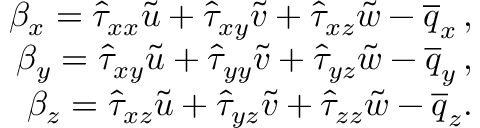
\begin{array} { r } { \beta _ { x } = \hat { \tau } _ { x x } \tilde { u } + \hat { \tau } _ { x y } \tilde { v } + \hat { \tau } _ { x z } \tilde { w } - \overline { { q } } _ { x } \, \mathrm { , } } \\ { \beta _ { y } = \hat { \tau } _ { x y } \tilde { u } + \hat { \tau } _ { y y } \tilde { v } + \hat { \tau } _ { y z } \tilde { w } - \overline { { q } } _ { y } \, \mathrm { , } } \\ { \beta _ { z } = \hat { \tau } _ { x z } \tilde { u } + \hat { \tau } _ { y z } \tilde { v } + \hat { \tau } _ { z z } \tilde { w } - \overline { { q } } _ { z } \mathrm { . } } \end{array}